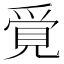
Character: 𧠳